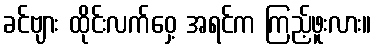
ခင်ဗျား ထိုင်းလက်ဝှေ့ အရင်က ကြည့်ဖူးလား။